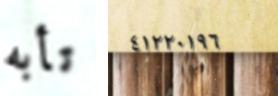
تأبه ٤١٢٢٠١٩٦